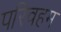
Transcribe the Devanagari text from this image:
परिवहम